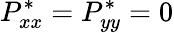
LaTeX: P_{xx}^{*}=P_{yy}^{*}=0